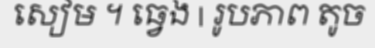
សៀម ។ ធ្វេង | រូបភាព តូច